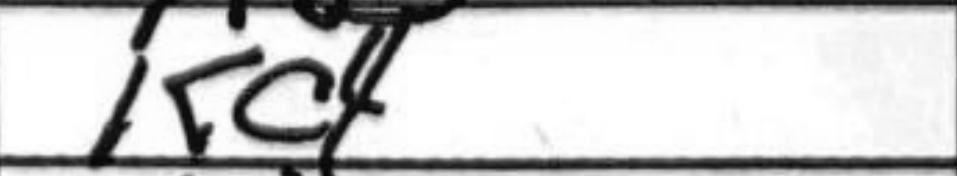
Transcription: Kc4